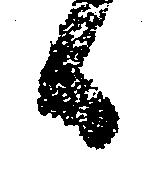
日